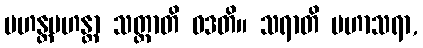
မဟန္တမဟန္တာ သတ္တာတိ ဝဒတိ။ သရာတိ မဟာသရာ,